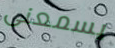
يسمعنى